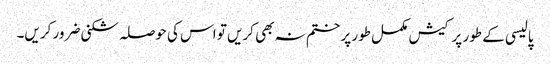
پالیسی کے طور پر کیش مکمل طور پر ختم نہ بھی کریں تو اس کی حوصلہ شکنی ضرور کریں۔